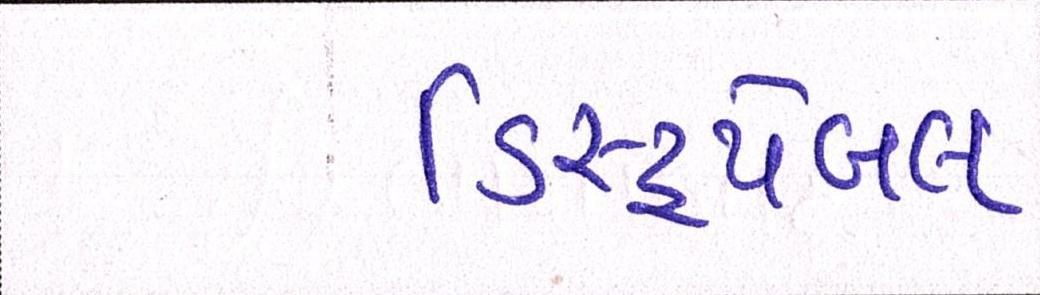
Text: ડિસ્ટ્રપેબલ